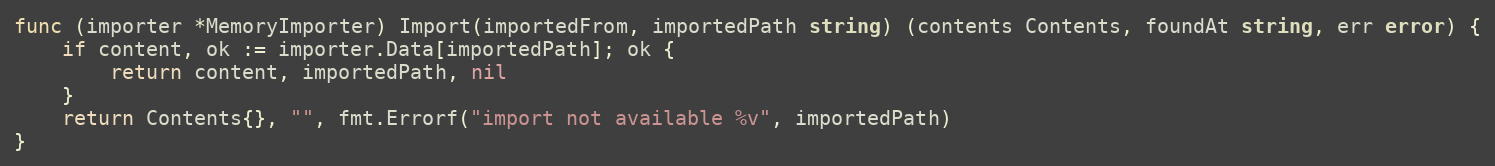
Language: Go
func (importer *MemoryImporter) Import(importedFrom, importedPath string) (contents Contents, foundAt string, err error) {
	if content, ok := importer.Data[importedPath]; ok {
		return content, importedPath, nil
	}
	return Contents{}, "", fmt.Errorf("import not available %v", importedPath)
}